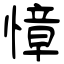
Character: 慞